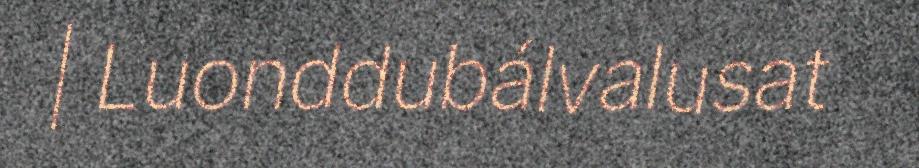
| Luonddubálvalusat